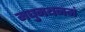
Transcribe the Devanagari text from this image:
मधुमथनमं